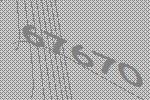
67670